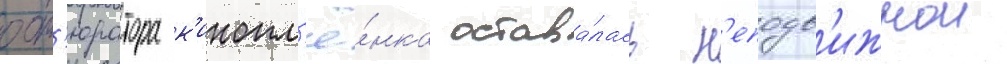
обт'юратора к'инопл'ё́нка остава́лась н'еподв'ижнои